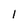
Character: 1